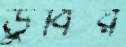
ডুবির